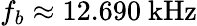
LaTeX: f_{b}\approx 12.690~\mathrm{kHz}